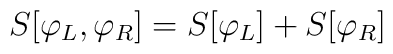
S[\varphi_L,\varphi_R]=S[\varphi_L]+S[\varphi_R]